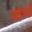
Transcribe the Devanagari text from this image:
सांकडें